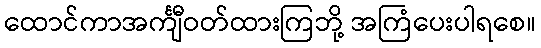
ထောင်ကာအင်္ကျီဝတ်ထားကြဘို့ အကြံပေးပါရစေ။